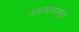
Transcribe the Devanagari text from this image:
अरुन्धत्यनसूय